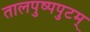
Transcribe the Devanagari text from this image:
तालपुष्पपुटम्